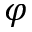
\varphi